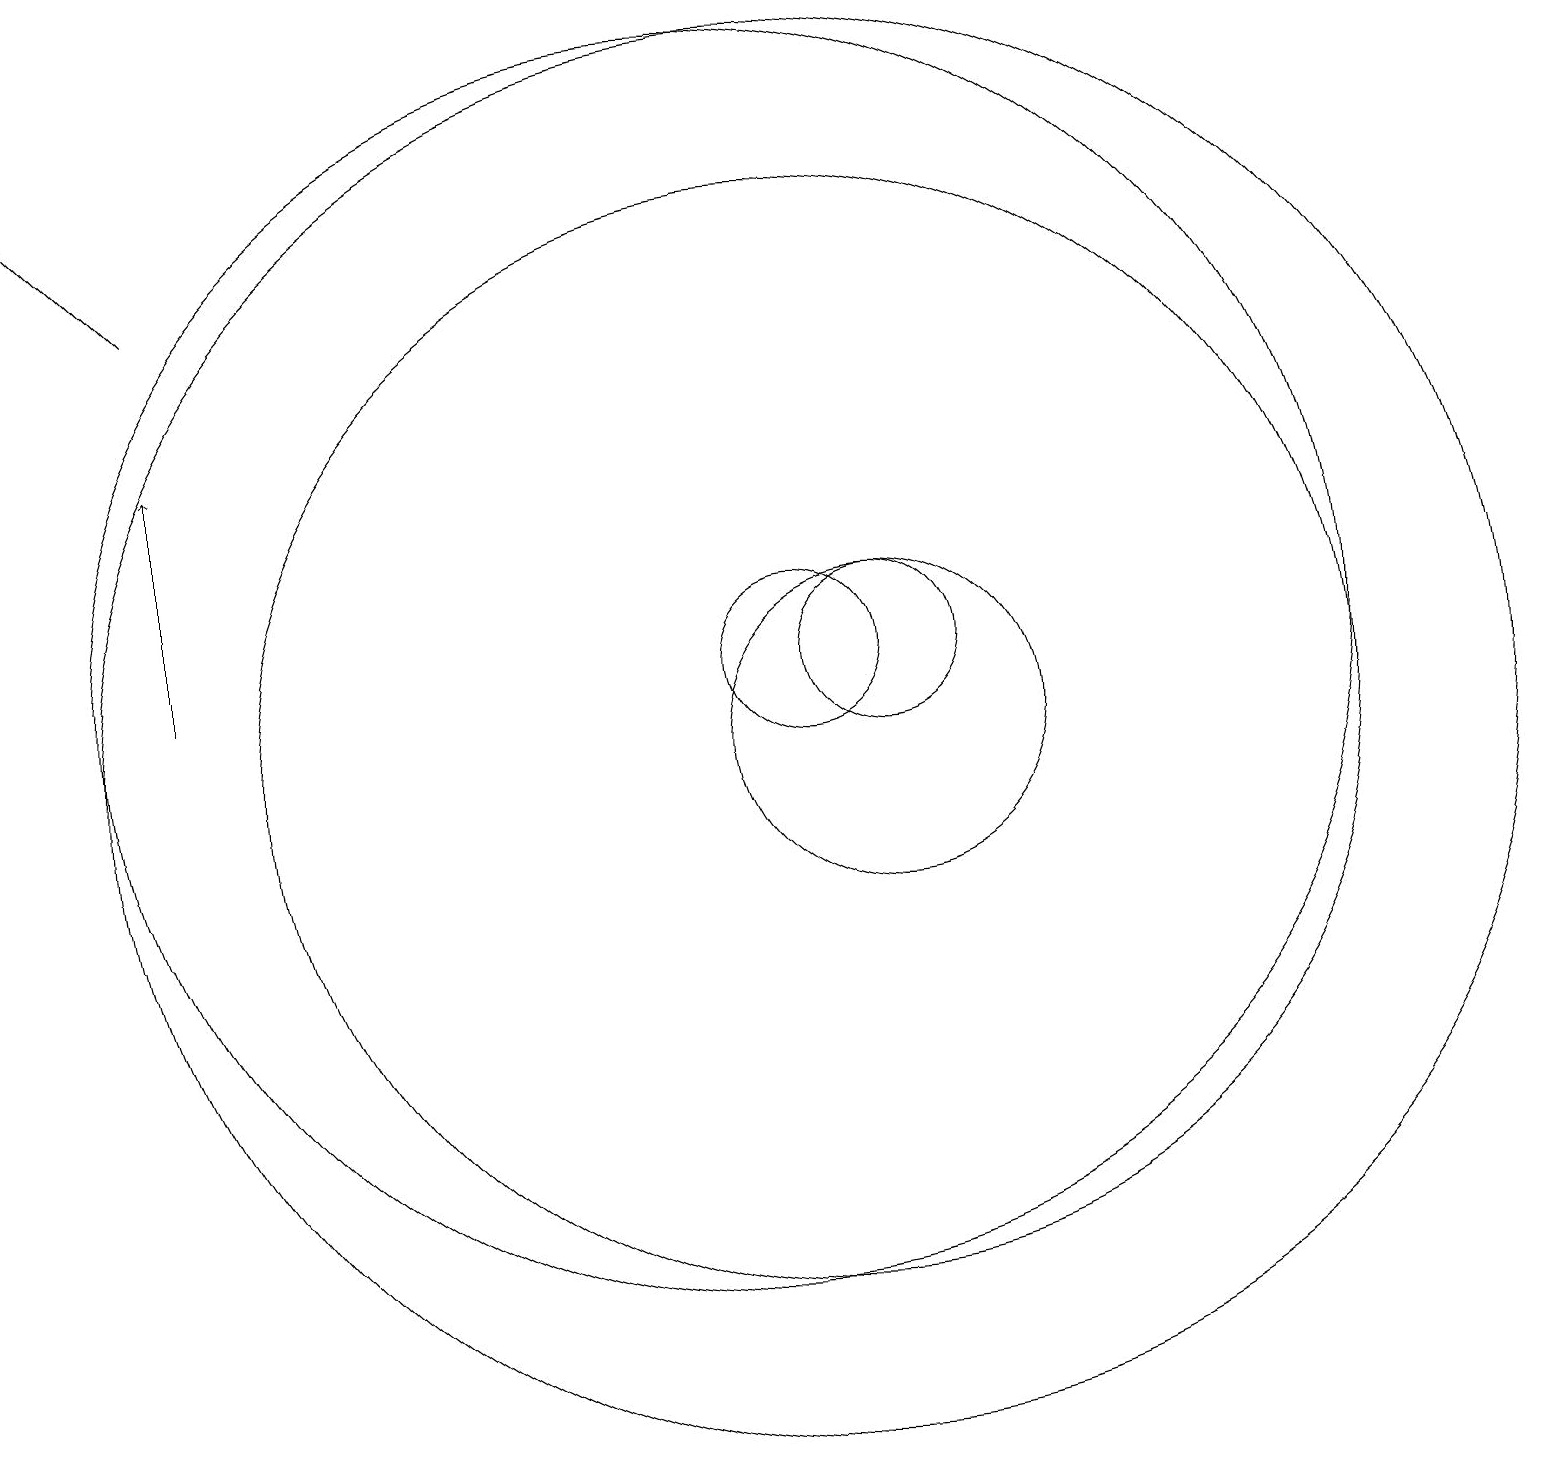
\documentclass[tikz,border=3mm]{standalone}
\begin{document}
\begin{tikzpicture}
\draw (12,11) circle (1);
\draw (11,11) circle (1);
\draw[->] (3,16) -- (1,18);
\draw[->] (3,11) -- (3,14);
\draw (12,10) circle (2);
\draw (11,10) circle (7);
\draw (10,11) circle (8);
\draw (11,10) circle (9);
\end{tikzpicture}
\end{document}